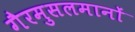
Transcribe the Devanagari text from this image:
गैरमुसलमानों